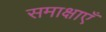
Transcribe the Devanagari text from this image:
समाक्षाएँ